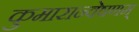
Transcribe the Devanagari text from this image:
कुमारान्वेषणम्